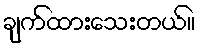
ချက်ထားသေးတယ်။